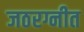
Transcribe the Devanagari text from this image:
जठरग्नीत